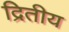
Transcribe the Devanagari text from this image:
द्रितीय